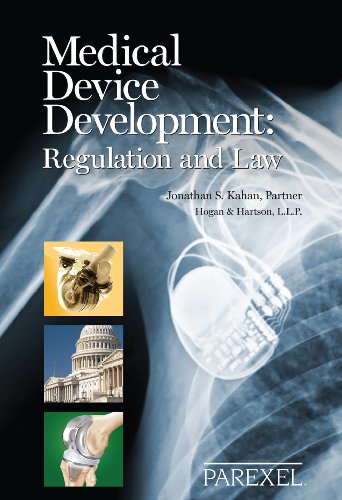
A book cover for Medical Device Development: Regulation and Law; Jonathan S. Kahan; Law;